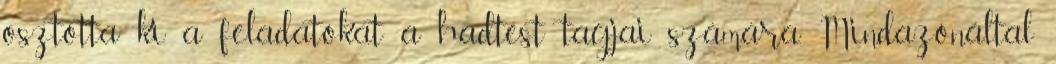
osztotta ki a feladatokat a hadtest tagjai számára. Mindazonáltal